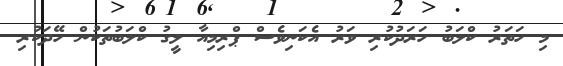
މި ހަތަރު ކްލަބު ހަރަދުކުރި ވަރު އެކަނިވެސް ޕްރިމިއާ ލީގު ކްލަބުތަކުން ހޭދަކުރި